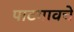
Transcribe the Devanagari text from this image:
पाटगावचे